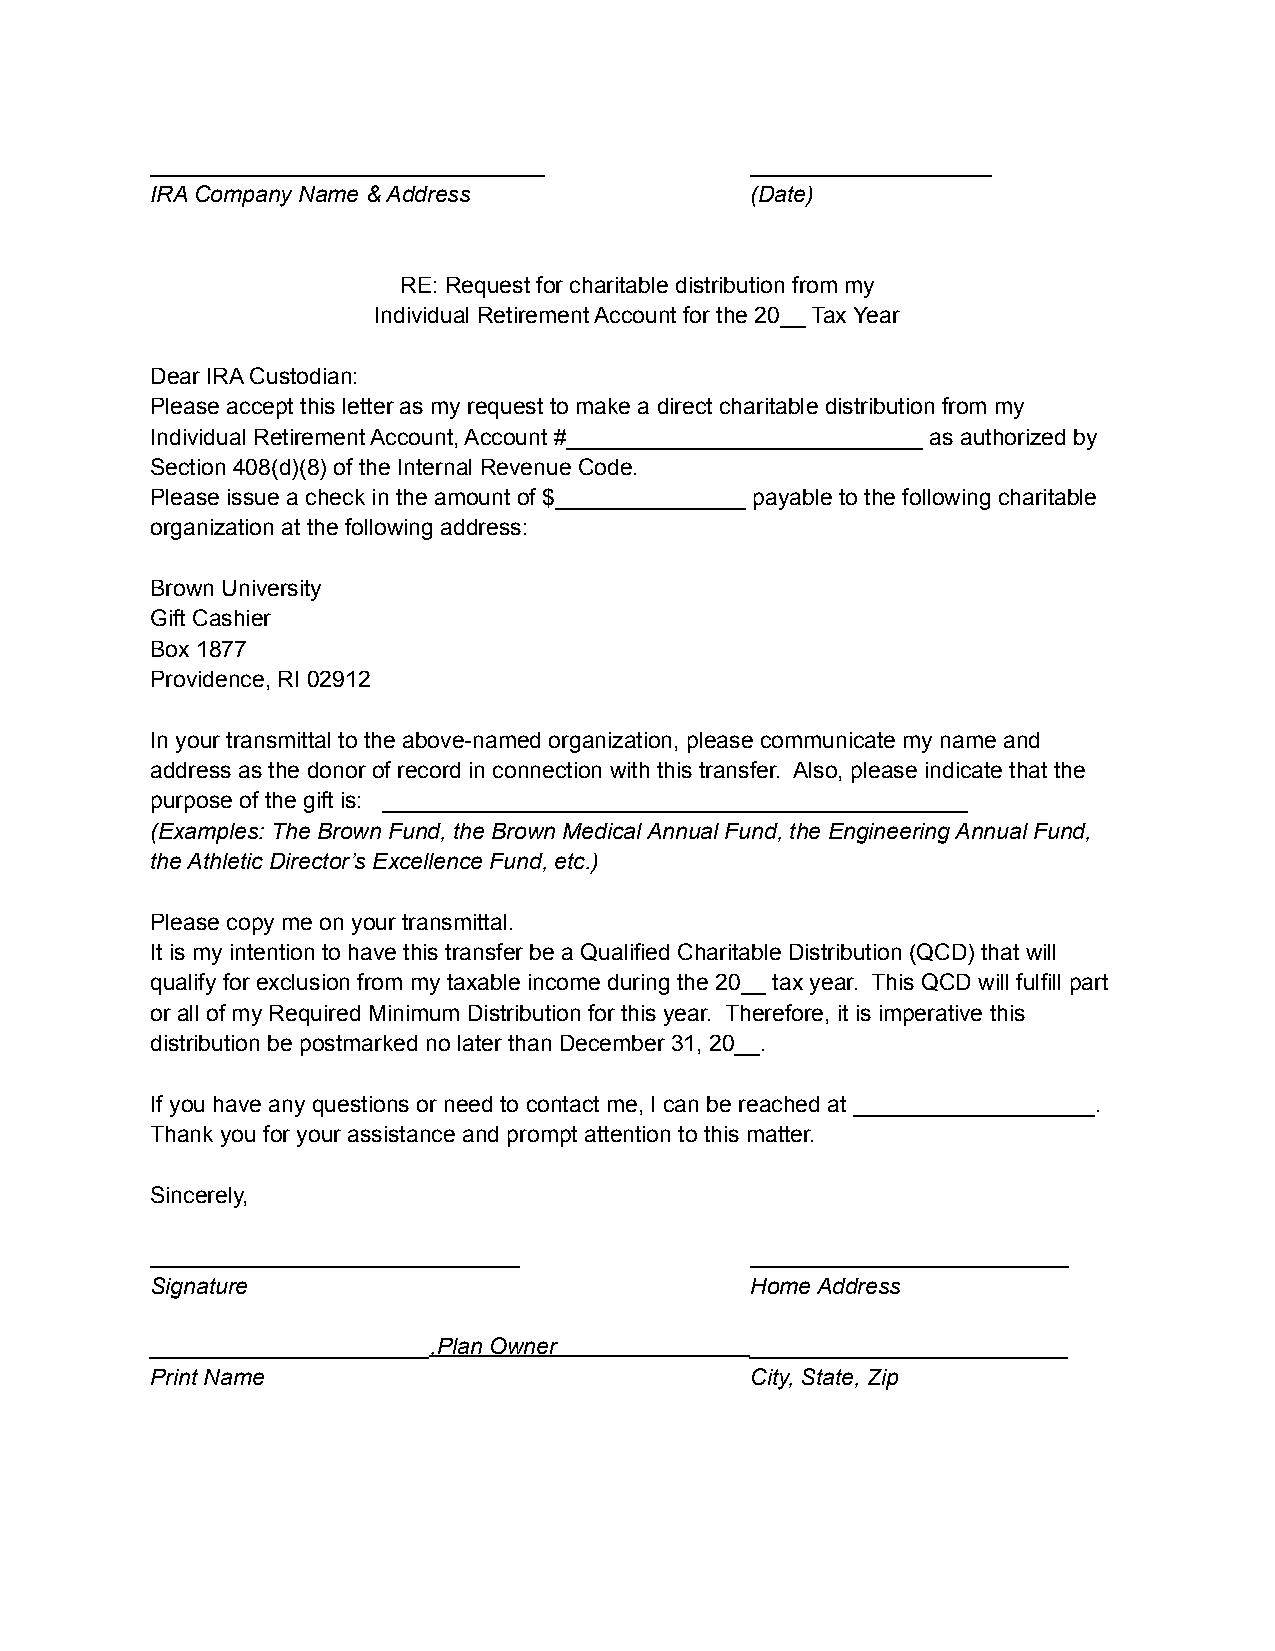
_______________________________         ___________________
 IRA Company Name & Address              (Date)
 RE: Request for charitable distribution from my
 Individual Retirement Account for the 20__ Tax Year
 Dear IRA Custodian:
 Please accept this letter as my request to make a direct charitable distribution from my
 Individual Retirement Account, Account #____________________________ as authorized by
 Section 408(d)(8) of the Internal Revenue Code.
 Please issue a check in the amount of $_______________ payable to the following charitable
 organization at the following address:
 Brown University
 Gift Cashier
 Box 1877
 Providence, RI 02912
 In your transmittal to the above-named organization, please communicate my name and
 address as the donor of record in connection with this transfer. Also, please indicate that the
 purpose of the gift is: ______________________________________________
 (Examples: The Brown Fund, the Brown Medical Annual Fund, the Engineering Annual Fund,
 the Athletic Director’s Excellence Fund, etc.)
 Please copy me on your transmittal.
 It is my intention to have this transfer be a Qualified Charitable Distribution (QCD) that will
 qualify for exclusion from my taxable income during the 20__ tax year. This QCD will fulfill part
 or all of my Required Minimum Distribution for this year. Therefore, it is imperative this
 distribution be postmarked no later than December 31, 20__.
 If you have any questions or need to contact me, I can be reached at ___________________.
 Thank you for your assistance and prompt attention to this matter.
 Sincerely,
 _____________________________           _________________________
 Signature                               Home Address
 ______________________,Plan Owner       _________________________
 Print Name                              City, State, Zip